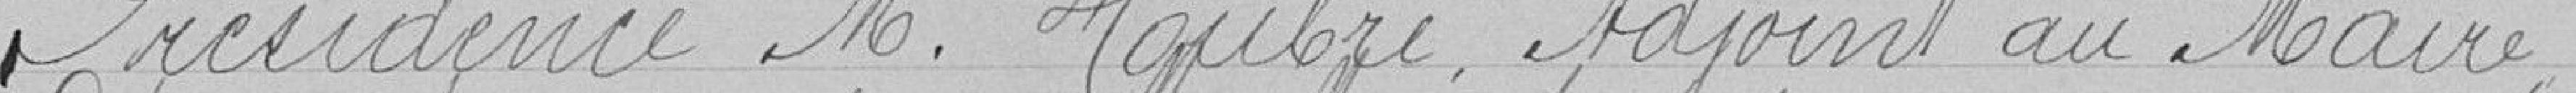
Présidence Monsieur Houbre, Adjoint au Maire